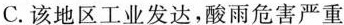
C.该地区工业发达，酸雨危害严重